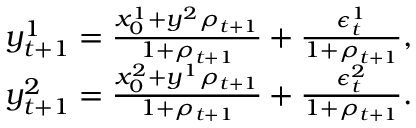
\begin{array} { r l } & { y _ { t + 1 } ^ { 1 } = \frac { x _ { 0 } ^ { 1 } + y ^ { 2 } \rho _ { t + 1 } } { 1 + \rho _ { t + 1 } } + \frac { \epsilon _ { t } ^ { 1 } } { 1 + \rho _ { t + 1 } } , } \\ & { y _ { t + 1 } ^ { 2 } = \frac { x _ { 0 } ^ { 2 } + y ^ { 1 } \rho _ { t + 1 } } { 1 + \rho _ { t + 1 } } + \frac { \epsilon _ { t } ^ { 2 } } { 1 + \rho _ { t + 1 } } . } \end{array}